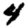
Digit: 4